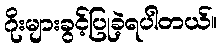
ဂိုးများခွင့်ပြုခဲ့ရပါတယ်။